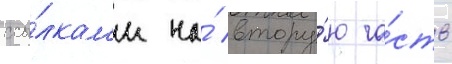
ссы́лкам'и на́ втору́ю ча́сть